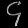
Digit: ၄